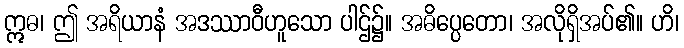
ဣဓ၊ ဤ အရိယာနံ အဒဿာဝီဟူသော ပါဌ်၌။ အဓိပ္ပေတော၊ အလိုရှိအပ်၏။ ဟိ၊